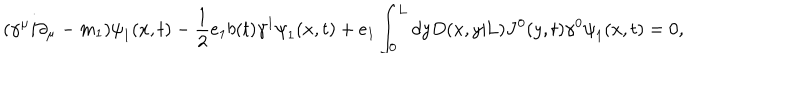
( { \gamma } ^ { \mu } i { \partial } _ { \mu } - m _ { 1 } ) { \psi } _ { 1 } ( x , t ) - \frac { 1 } { 2 } e _ { 1 } b ( t ) { \gamma } ^ { 1 } { \psi } _ { 1 } ( x , t ) + e _ { 1 } \int _ { 0 } ^ { \mathrm { L } } d y D ( x , y | \mathrm { L } ) J ^ { 0 } ( y , t ) { \gamma } ^ { 0 } { \psi } _ { 1 } ( x , t ) = 0 ,